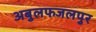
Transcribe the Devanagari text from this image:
अबुलफजलपुर